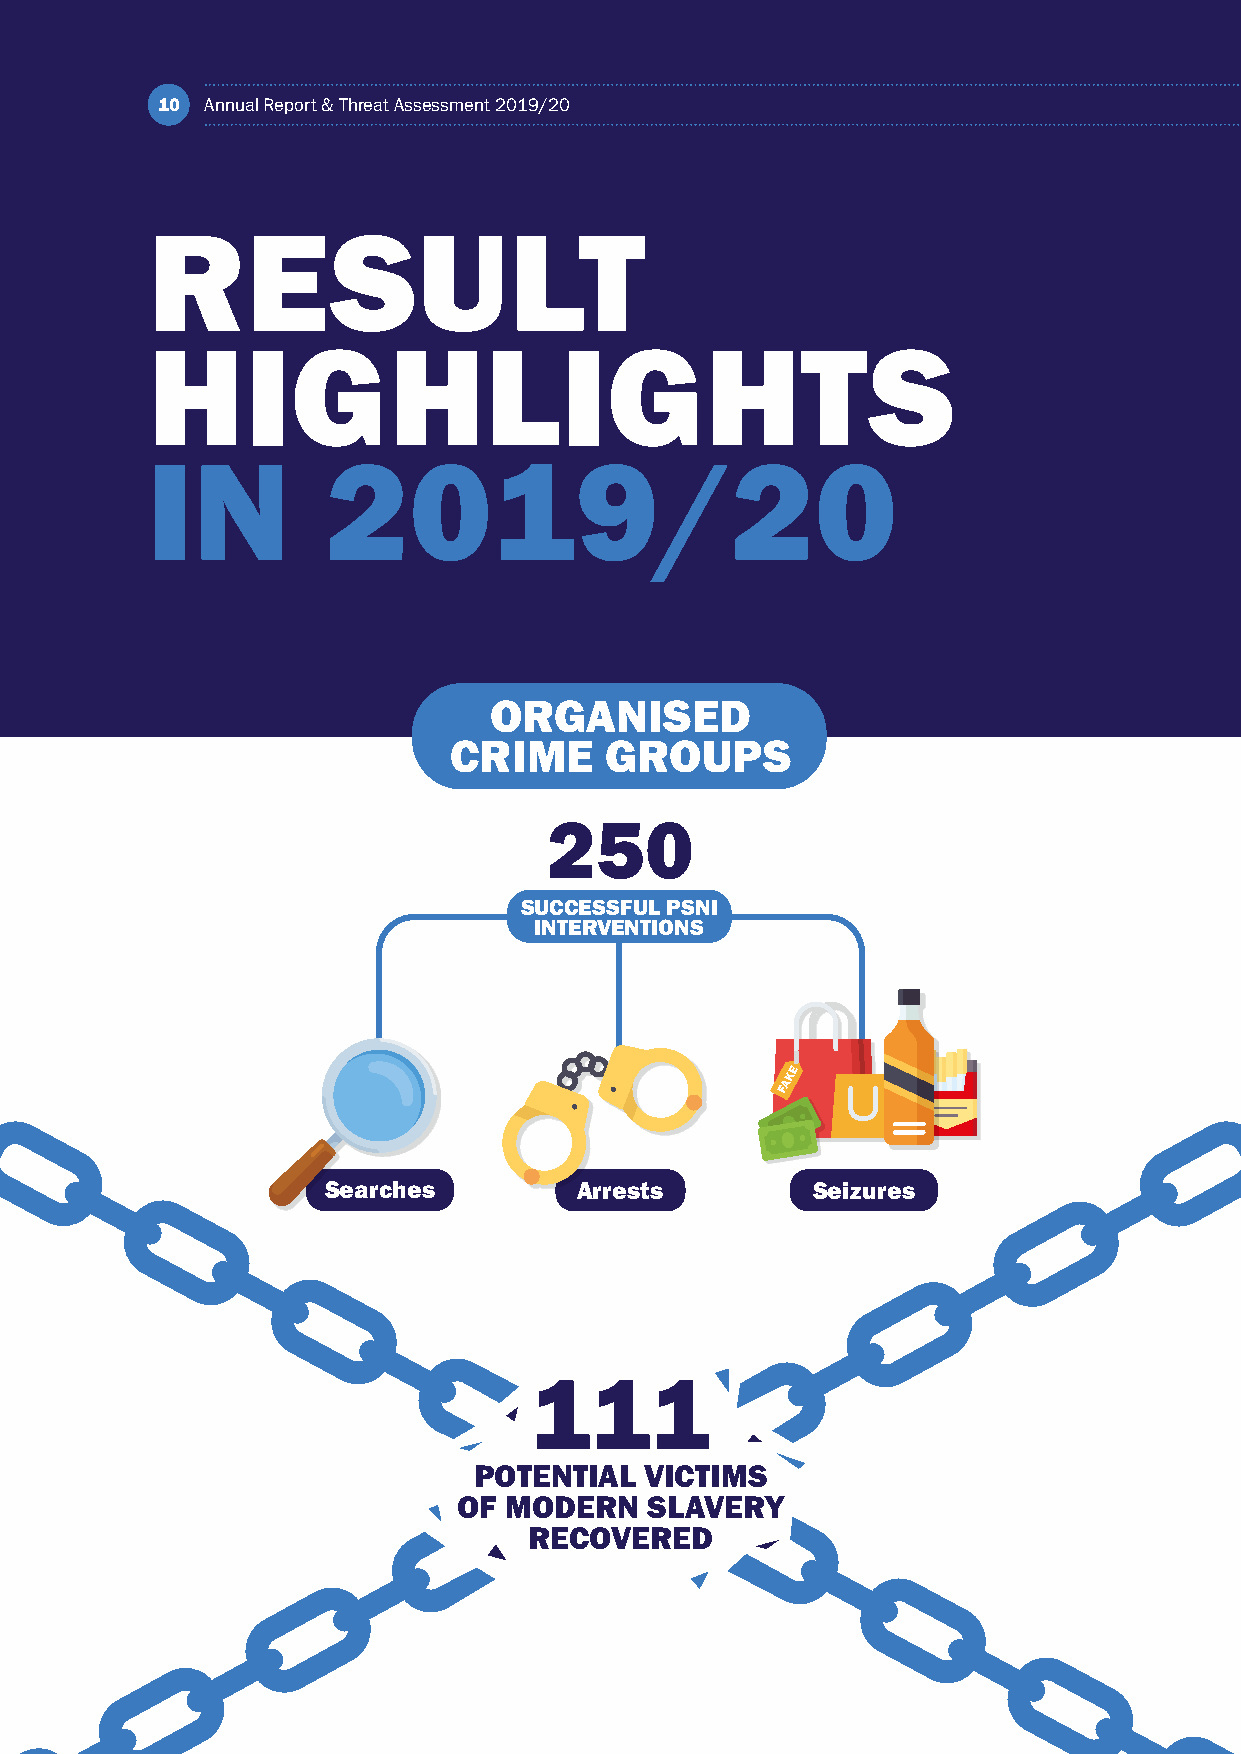
10  Annual Report & Threat Assessment 2019/20
 RESULT
 HIGHLIGHTS
 IN          2019/20
 ORGANISED
 CRIME     GROUPS
 250
 SUCCESSFUL PSNI
 INTERVENTIONS
 KE
 A
 F
 Searches         Arrests         Seizures
 KE
 FA
 E
 K
 A
 F
 KE
 FA
 111
 POTENTIAL   VICTIMS
 OF MODERN    SLAVERY
 RECOVERED